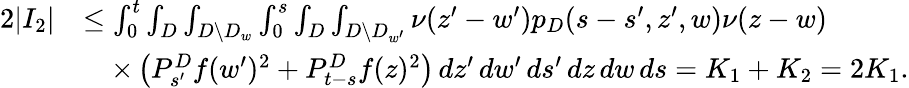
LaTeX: \begin{array}{rl}{2|I_{2}|}&{\leq\int_{0}^{t}\int_{D}\int_{D\setminus D_{w}}\int_{0}^{s}\int_{D}\int_{D\setminus D_{w^{\prime}}}\nu(z^{\prime}-w^{\prime})p_{D}(s-s^{\prime},z^{\prime},w)\nu(z-w)}\\ &{\quad\times\left(P_{s^{\prime}}^{D}f(w^{\prime})^{2}+P_{t-s}^{D}f(z)^{2}\right)\, dz^{\prime}\, dw^{\prime}\, ds^{\prime}\, dz\, dw\, ds=K_{1}+K_{2}=2K_{1}.}\end{array}